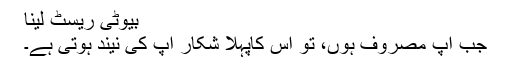
بیوٹی ریسٹ لینا
جب آپ مصروف ہوں، تو اس کاپہلا شکار آپ کی نیند ہوتی ہے۔